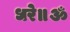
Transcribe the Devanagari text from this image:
धरे॥ॐ